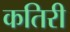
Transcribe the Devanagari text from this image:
कतिरी